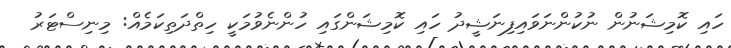
ހައި ކޮމިޝަނުން ނުކުންނަވައިފިނަޝީދު ހައި ކޮމިޝަންގައި ހުންނެވުމަކީ ހިތްދަތިކަމެއް: މިނިސްޓަރު